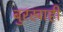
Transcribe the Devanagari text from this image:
बुरखाही